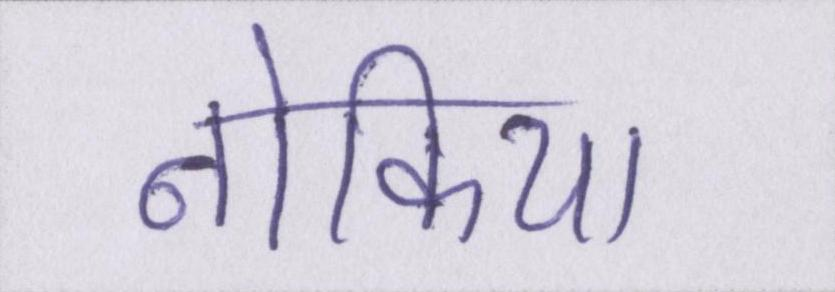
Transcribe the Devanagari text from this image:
नोकिया